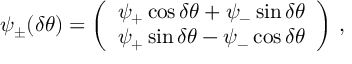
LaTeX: \psi _ { \pm } ( \delta \theta ) = { \left( \begin{array} { l } { { \psi _ { + } \cos \delta \theta + \psi _ { - } \sin \delta \theta } } \\ { { \psi _ { + } \sin \delta \theta - \psi _ { - } \cos \delta \theta } } \end{array} \right) } ~ ,